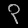
Digit: ၃